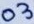
Text: 03